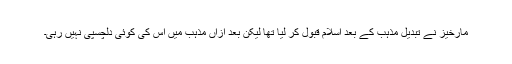
مارخیز نے تبدیل مذہب کے بعد اسلام قبول کر لیا تھا لیکن بعد ازاں مذہب میں اس کی کوئی دلچسپی نہیں رہی۔